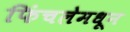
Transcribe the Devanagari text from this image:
फिंचलेमधून